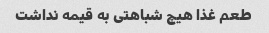
طعم غذا هیچ شباهتی به قیمه نداشت